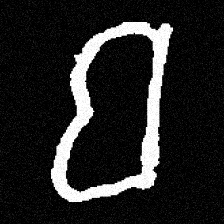
Pyu character \u2014 Myanmar letter: ဗ (romanized: ba)